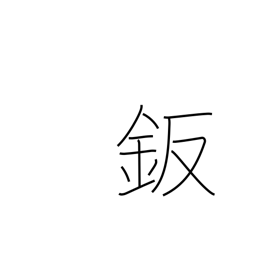
Meaning: sheet metal